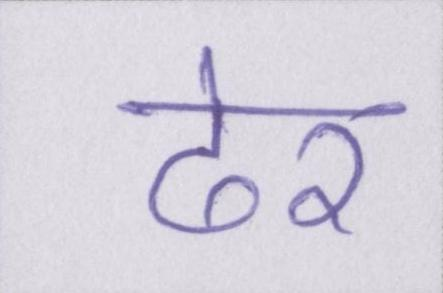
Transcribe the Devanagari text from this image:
ढेर